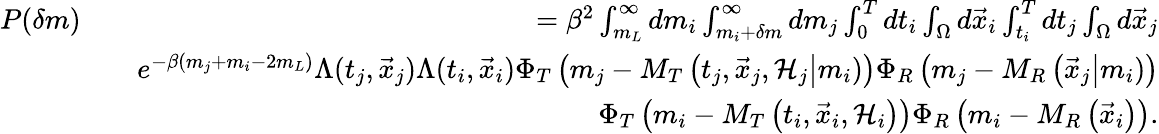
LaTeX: \begin{array}{rlr}{P(\delta m)}&{}&{=\beta^{2}\int_{m_{L}}^{\infty}dm_{i}\int_{m_{i}+\delta m}^{\infty}dm_{j}\int_{0}^{T}dt_{i}\int_{\Omega}d\vec{x}_{i}\int_{t_{i}}^{T}dt_{j}\int_{\Omega}d\vec{x}_{j}}\\ &{}&{e^{-\beta(m_{j}+m_{i}-2m_{L})}\Lambda(t_{j},\vec{x}_{j})\Lambda(t_{i},\vec{x}_{i})\Phi_{T}\left(m_{j}-M_{T}\left(t_{j},\vec{x}_{j},{\cal H}_{j}\right\vert m_{i})\right)\Phi_{R}\left(m_{j}-M_{R}\left(\vec{x}_{j}\right\vert m_{i})\right)}\\ &{}&{\Phi_{T}\left(m_{i}-M_{T}\left(t_{i},\vec{x}_{i},{\cal H}_{i}\right)\right)\Phi_{R}\left(m_{i}-M_{R}\left(\vec{x}_{i}\right)\right).}\end{array}